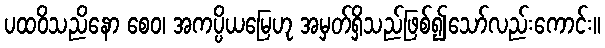
ပထဝိသညိနော စေဝ၊ အကပ္ပိယမြေဟု အမှတ်ရှိသည်ဖြစ်၍သော်လည်းကောင်း။